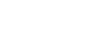
မုခရောဂေါ